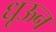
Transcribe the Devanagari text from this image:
धूऊन